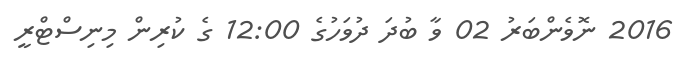
2016 ނޮވެންބަރު 02 ވާ ބުދަ ދުވަހުގެ 12:00 ގެ ކުރިން މިނިސްޓްރީ